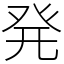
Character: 発